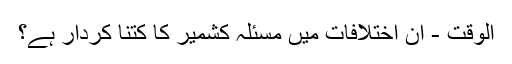
الوقت - ان اختلافات میں مسئلہ کشمیر کا کتنا کردار ہے؟